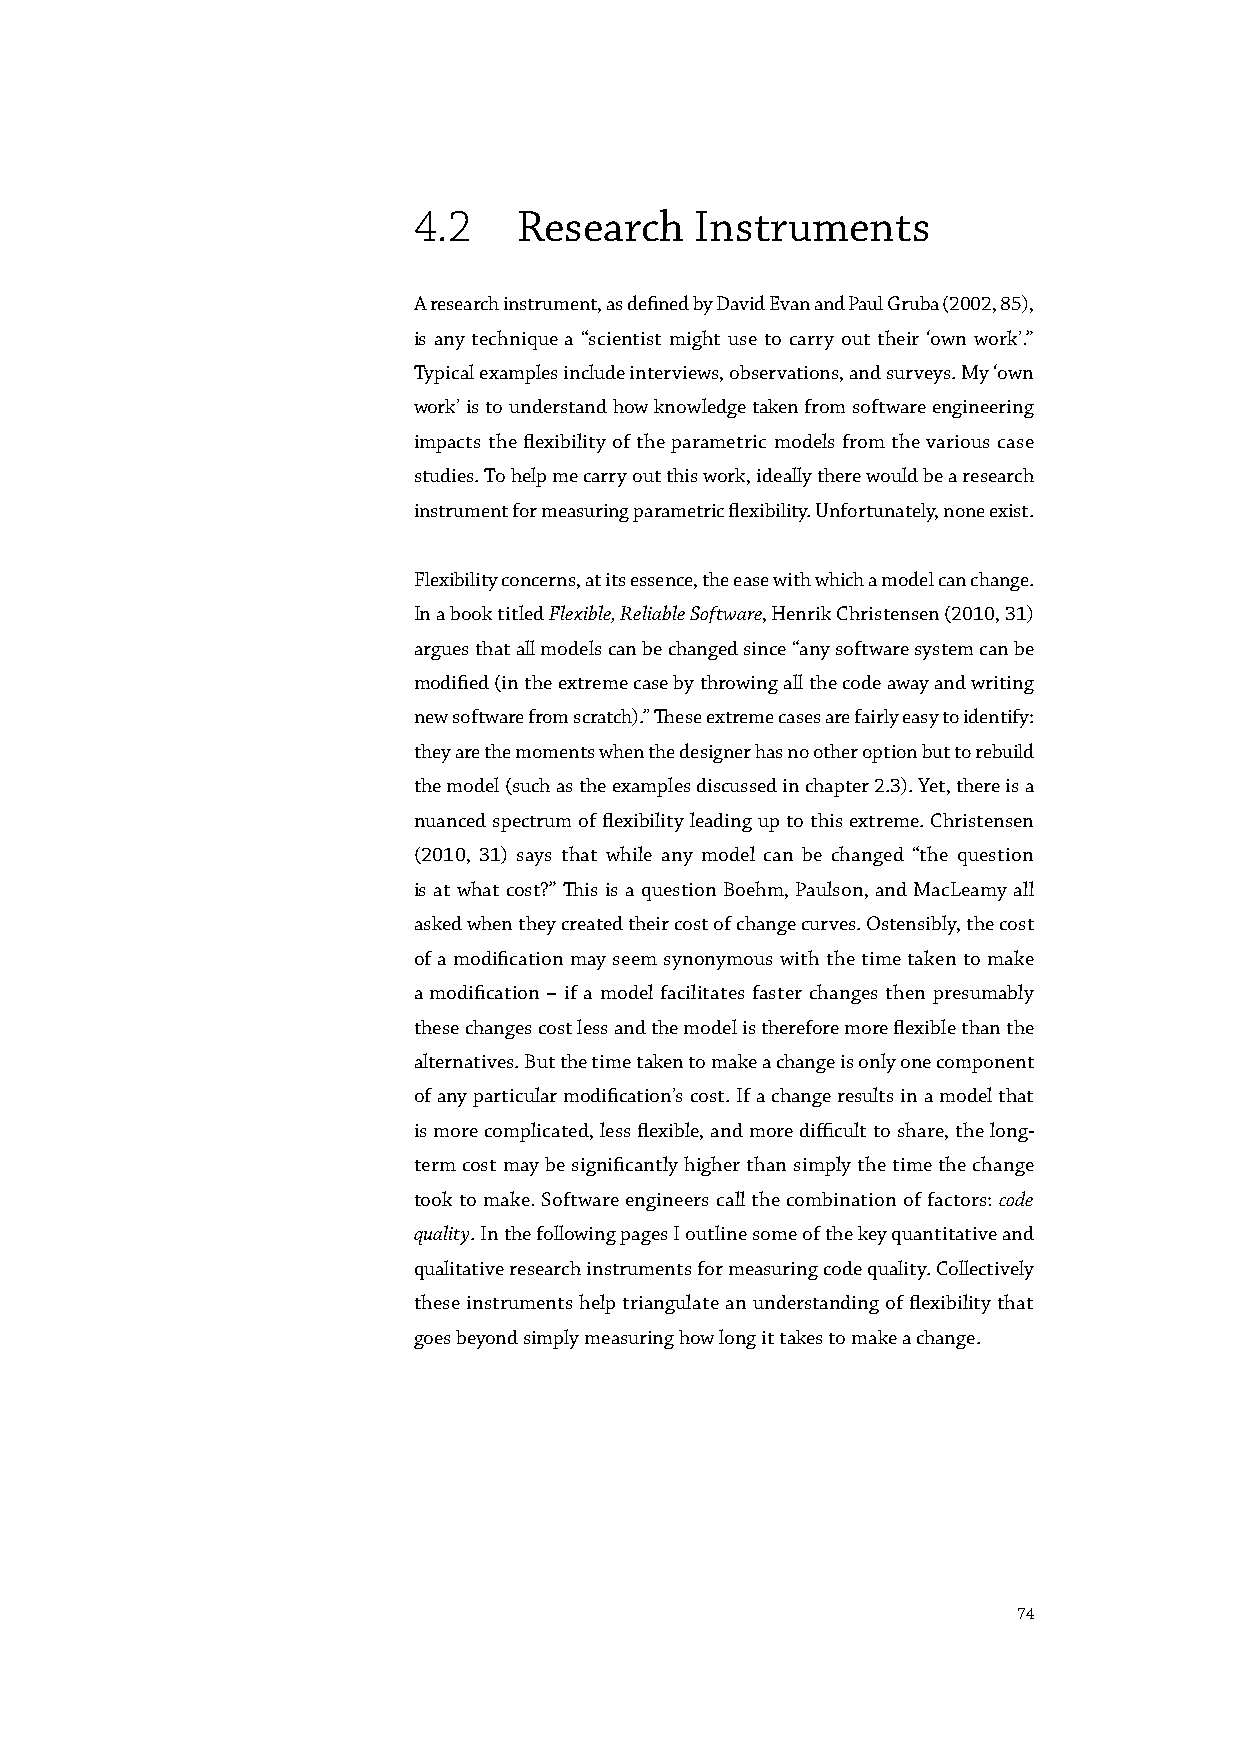
4.2    Research    Instruments
 A research instrument, as defined by David Evan and Paul Gruba (2002, 85),
 is any technique a “scientist might use to carry out their ‘own work’.”
 Typical examples include interviews, observations, and surveys. My ‘own
 work’ is to understand how knowledge taken from software engineering
 impacts the flexibility of the parametric models from the various case
 studies. To help me carry out this work, ideally there would be a research
 instrument for measuring parametric flexibility. Unfortunately, none exist.
 Flexibility concerns, at its essence, the ease with which a model can change.
 In a book titled Flexible, Reliable Software, Henrik Christensen (2010, 31)
 argues that all models can be changed since “any software system can be
 modified (in the extreme case by throwing all the code away and writing
 new software from scratch).” These extreme cases are fairly easy to identify:
 they are the moments when the designer has no other option but to rebuild
 the model (such as the examples discussed in chapter 2.3). Yet, there is a
 nuanced spectrum of flexibility leading up to this extreme. Christensen
 (2010, 31) says that while any model can be changed “the question
 is at what cost?” This is a question Boehm, Paulson, and MacLeamy all
 asked when they created their cost of change curves. Ostensibly, the cost
 of a modification may seem synonymous with the time taken to make
 a modification – if a model facilitates faster changes then presumably
 these changes cost less and the model is therefore more flexible than the
 alternatives. But the time taken to make a change is only one component
 of any particular modification’s cost. If a change results in a model that
 is more complicated, less flexible, and more difficult to share, the long-
 term cost may be significantly higher than simply the time the change
 took to make. Software engineers call the combination of factors: code
 quality. In the following pages I outline some of the key quantitative and
 qualitative research instruments for measuring code quality. Collectively
 these instruments help triangulate an understanding of flexibility that
 goes beyond simply measuring how long it takes to make a change.
 74